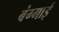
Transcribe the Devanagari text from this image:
बंग्गाई